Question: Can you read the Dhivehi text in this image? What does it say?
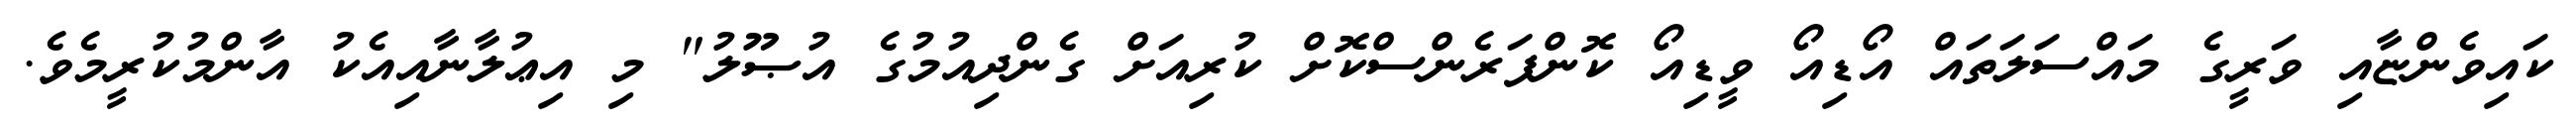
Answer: ކައިވެންޏާއި ވަރީގެ މައްސަލަތައް އޯޑިއޯ ވީޑިއޯ ކޮންފަރެންސްކޮށް ކުރިއަށް ގެންދިއުމުގެ އުޞޫލު" މި އިޢުލާނާއިއެކު އާންމުކުރީމެވެ.